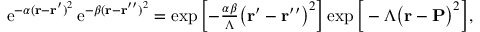
\begin{array} { r } { \mathrm { e } ^ { - \alpha ( \mathbf { r } - \mathbf { r } ^ { \prime } ) ^ { 2 } } \, \mathrm { e } ^ { - \beta ( \mathbf { r } - \mathbf { r } ^ { \prime \prime } ) ^ { 2 } } = \exp \left[ - \frac { \alpha \beta } { \Lambda } \big ( \mathbf { r } ^ { \prime } - \mathbf { r } ^ { \prime \prime } \big ) ^ { 2 } \right] \exp \Big [ - \Lambda \big ( \mathbf { r } - \mathbf { P } \big ) ^ { 2 } \Big ] , } \end{array}